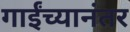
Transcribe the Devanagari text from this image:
गाईंच्यानंतर